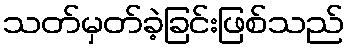
သတ်မှတ်ခဲ့ခြင်းဖြစ်သည်